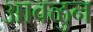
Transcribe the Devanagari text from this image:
आवळुन